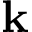
\mathbf { k }